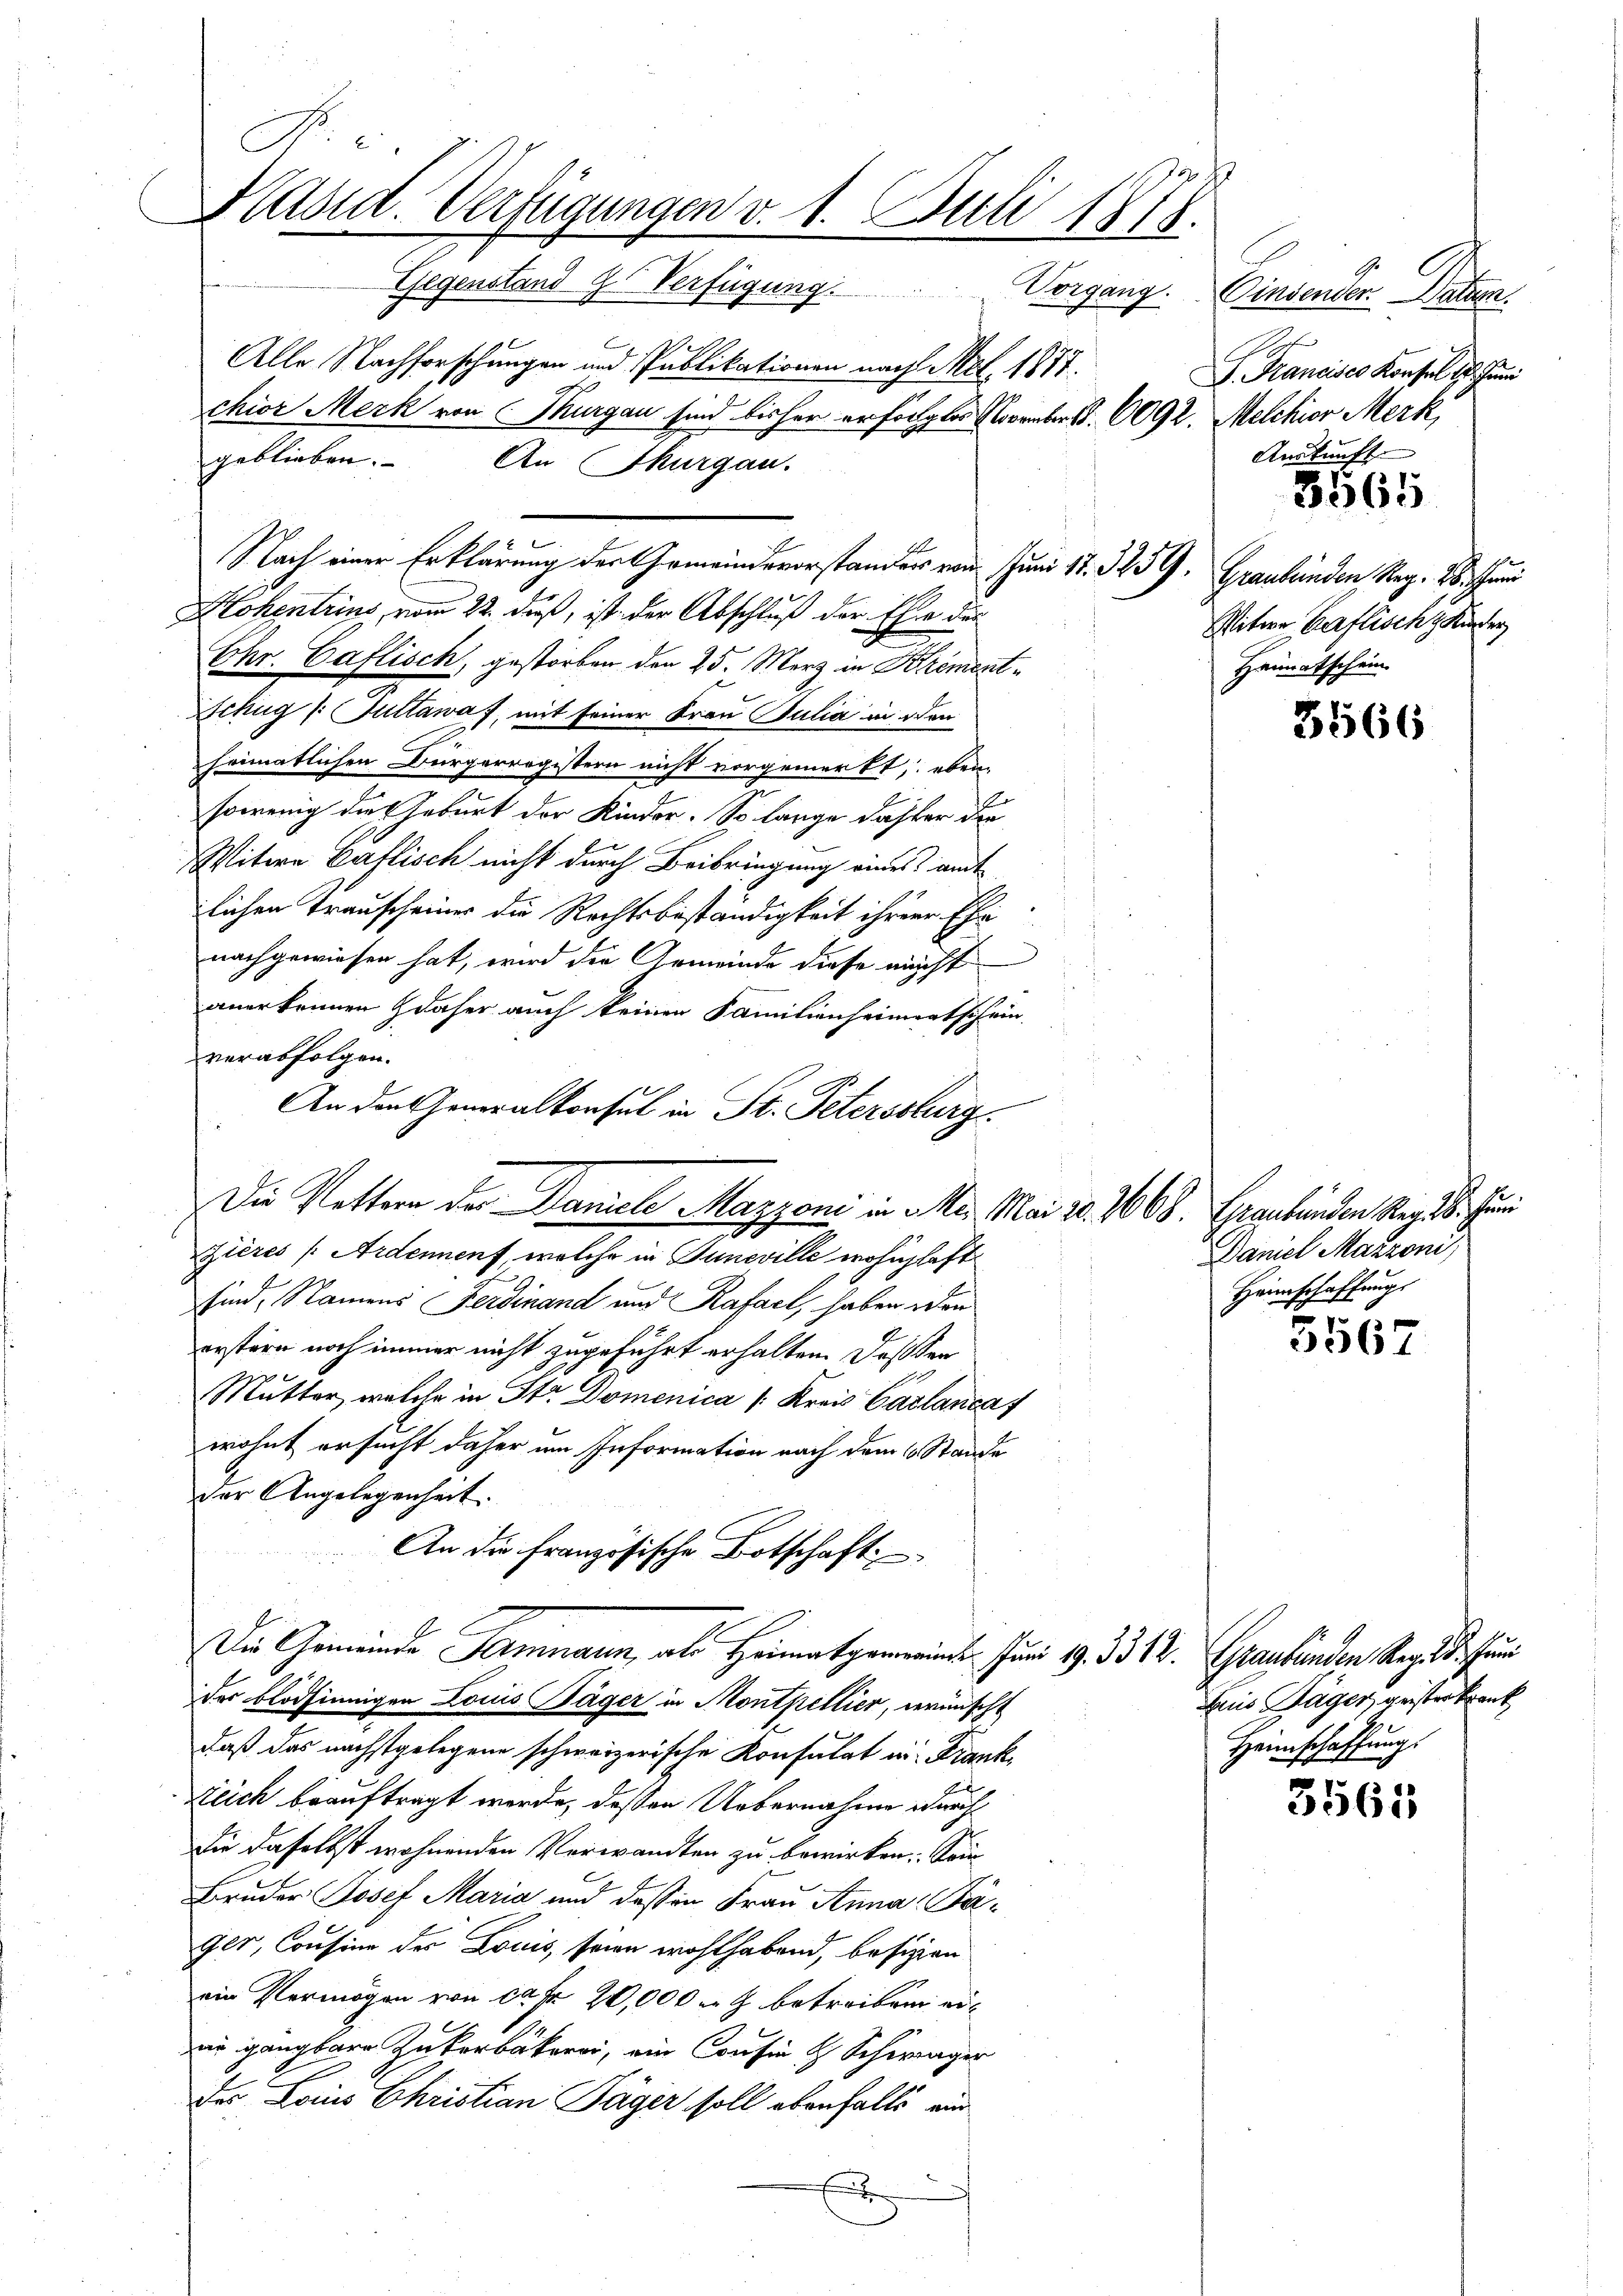
No. 6.
Präsid. Verfügungen v. 1. Juli 1878.
Gegenstand 9 Verfügung. Vorgang. Einsender. Datum
Rhet
Alle Nachforschungen und Publikationen nach Mal. 1877.
J. Mancisco Konsul 15. Juni
chior Merk von Thurgau sind bisher erfolgtes Novembert. 6092. Melchior Merk,
Auskunft
geblieben. An Thurgau.

Hohentrius, vom 22. daß, ist der Abschluß der Ehe der
Chr. Caflisch, gestorben den 25. Merz in Brement¬
Schug /: Suttawaf, mit seiner Frau Julia in den
heimatlichen Bürgerregistern nicht vorgemerkt, eben-
sowenig die Geburt der Kinder. So lange daher die
Witwe Caflisch nicht durch Beibringung eines amt
lichen Trauscheiner die Rechtsbeständigkeit ihrer Ehe
nachgewiesen hat, wird die Gemeinde diese nicht
anerkennen & daher auch keinen Familienheimentschein.
verabfolgen.
Zières (Ardennenf, welche in Juneville wohnhaft.
sind, Namens Ferdinand und Rafact, haben von
orstern noch immer nicht zugeführt erhalten. Daß der
Mutter, welche in Str Domenica /: Kreis Caclanca
wohnt ersucht daher um Information nach dem 1. Stande
der Angelegenheit.
An die französische Botschaft
Die Gemeinde Samnaun, als Heimatgemeines Juni 19. 3312. Graubünden Reg. 3. Jun
der blödsinnigen Louis Jäger in Montpellier, wünscht
daß das nächstgelegene schweizerische Konsulat in Frank,
tlich beauftragt werde, deßen Uebernahme durch
die daselbst wohnenden Verwandten zu bewirken. Sonn
Br
Bruder Josef Maria und dessen Frau Anna Páger, Cousine des Louis, seien wohlhabend, besizien
ein Vermögen von ca Fr. 20,000 r g betreiben eiir gangbare Zukerbäckerei, ein Cousin & Schwager
des Lois Christian Jäger soll ebenfalls ein

Nach einer Erklärung der Gemeindevorstander vom Juni 17. 32. 59. Graubünden Reg. 28. Schrei

An den Generalkonsul in St. Peterssburg
Die Rettern der Daniele Mazzoni in Mir Mai 20. 3668. Graubünden Seges. Fern

5565

Witwe Caflische Kinder
Heimatschein.

3566

Daniel Mazzoni,
Heimschaffung

3567

Daus Sager geister krank
Heimschaffung.

3561